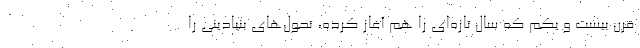
قرن بیست و یکم که سال تازه‌ای را هم آغاز کرده، تحول‌های بنیادینی را